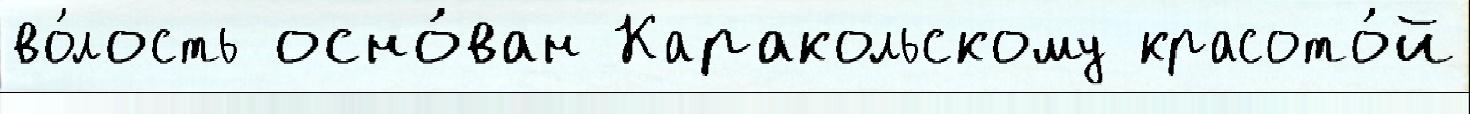
во́лость осно́ван Каракольскому красото́й